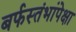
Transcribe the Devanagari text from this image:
बर्फस्तंभांपेक्षा